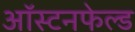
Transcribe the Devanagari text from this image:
ऑस्टनफेल्ड